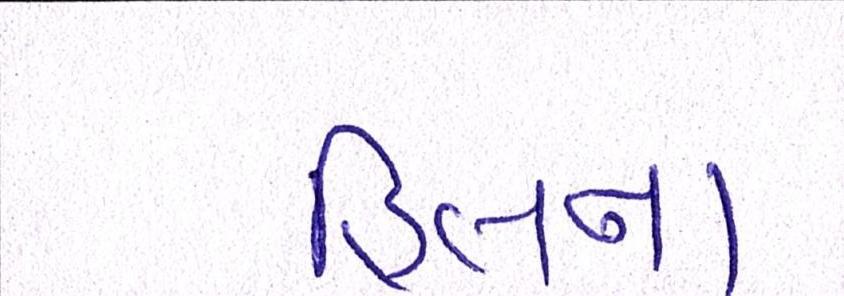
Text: હિલના